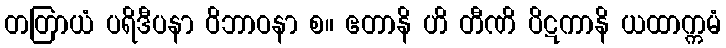
တတြာယံ ပရိဒီပနာ ဝိဘာဝနာ စ။ ဧတာနိ ဟိ တီဏိ ပိဋကာနိ ယထာက္ကမံ